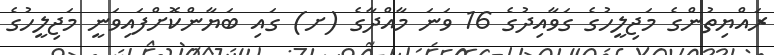
ރައްޔިތުންގެ މަޖިލީހުގެ ގަވާއިދުގެ 16 ވަނަ މާއްދާގެ (ށ) ގައި ބަޔާންކޮށްފައިވަނީ މަޖިލީހުގެ